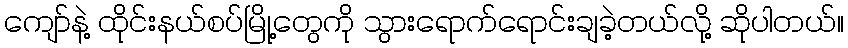
ကျော်နဲ့ ထိုင်းနယ်စပ်မြို့တွေကို သွားရောက်ရောင်းချခဲ့တယ်လို့ ဆိုပါတယ်။